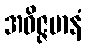
အဝိဇ္ဇမာနံ